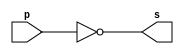
// ---------------------
// EXEMPLO 002 - NOT
// Nome: Rodolfo Herman
// ---------------------


// -------------------------
// -- not gate
// -------------------------
module notgate (output s,
input p);
assign s = ~p;
endmodule // notgate
// -------------------------
// -- test not gate
// -------------------------
module testnotgate;
// ------------------------- dados locais
reg a; // definir registrador
// (variavel independente)
wire s; // definir conexao (fio)
// (variavel dependente )
// ------------------------- instancia
notgate NOT1 (s, a);
// ------------------------- preparacao
initial begin:start
a=0; // valor inicial
end
// ------------------------- parte principal
initial begin
$display("Exemplo0002 - Rodolfo Herman - 451612");
$display("Test NOT gate");
$display("\n~a = s\n");
a=0;
#1 $display("~%b = %b", a, s);
a=1;
#1 $display("~%b = %b", a, s);
end
endmodule // testnotgate